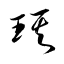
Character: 琪